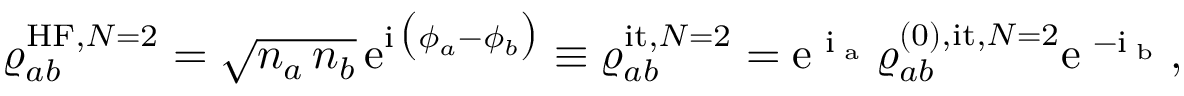
\begin{array} { r } { \varrho _ { a b } ^ { \mathrm { H F } , N = 2 } = \sqrt { n _ { a } \, n _ { b } } \, \mathrm { e } ^ { \mathrm { i } \, \big ( \phi _ { a } - \phi _ { b } \big ) } \equiv \varrho _ { a b } ^ { \mathrm { i t } , N = 2 } = \mathrm { e } ^ { \mathrm { \footnotesize ~ \mathrm { i } \phi _ { a } ~ } } \varrho _ { a b } ^ { ( 0 ) , \mathrm { i t } , N = 2 } \mathrm { e } ^ { \mathrm { \footnotesize ~ - \mathrm { i } \phi _ { b } ~ } } , } \end{array}